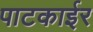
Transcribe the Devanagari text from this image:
पाटकाईर